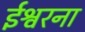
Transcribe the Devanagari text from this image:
ईश्वरना